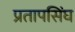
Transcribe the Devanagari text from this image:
प्रतापसिंघ